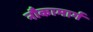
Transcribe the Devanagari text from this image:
नौकामार्ग